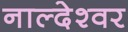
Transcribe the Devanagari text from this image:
नाल्देश्वर